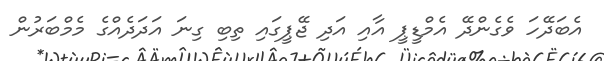
އެބަދޭހަ ވެގެންދޭ އެމްޑީޕީ އާއި އަދި ޖޭޕީގައި ތިބި ގިނަ އަދަދެއްގެ މެމްބަރުން